Regulations for the medical services of the Army of India
Year: 1930
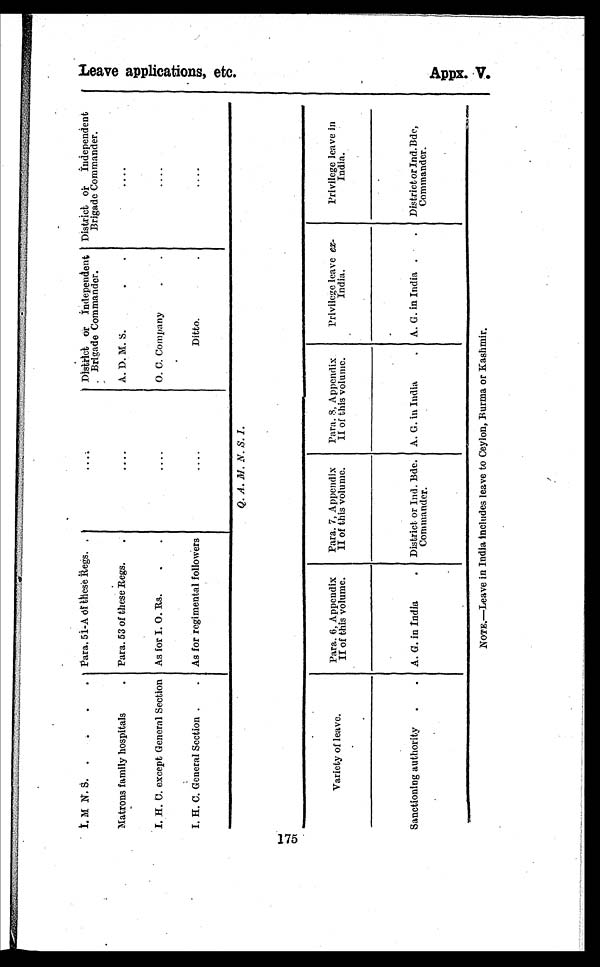
175
L e a v e a p p l i c a t i o n , e t c .
Appx. V.
I. M. N. S.
Para. 51-A of these Regs.
....
District or Independent
. Brigade Commander.
District or Independent
Brigade Commander.
Matrons family hospitals
Para. 53 of these Regs.
....
A. D. M. S.
....
I. H. C. except General Section As for I. O. Rs.
....
O. C. Company.
....
I. H. C. General Section.
As for regimental follower
....
Di t t o.
....
Q. A. M. N. S. I.
Variety of leave.
Para. 6, Appendix
II of this volume.
Para. 7, Appendix
II of this volume.
Para. 8, Appendix
II of this volume.
Privilege leave ex-
India.
Privilege leave in
India.
Sanctioning authority
A. G. in India
District or Ind. Bde.
Commander.
A. G. in India
A. G. in India
District or Ind.Bde,
Commander.
NOTE.—Leave in India includes leave to Ceylon, Burma or Kashmir.